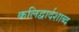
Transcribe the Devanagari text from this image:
कलिद्वार्दशाब्द